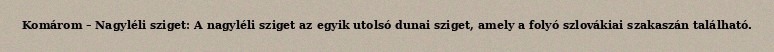
Komárom – Nagyléli sziget: A nagyléli sziget az egyik utolsó dunai sziget, amely a folyó szlovákiai szakaszán található.